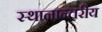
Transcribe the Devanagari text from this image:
स्थानान्तरीय